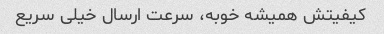
کیفیتش همیشه خوبه، سرعت ارسال خیلى سریع